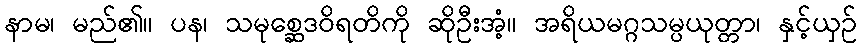
နာမ၊ မည်၏။ ပန၊ သမုစ္ဆေဒဝိရတိကို ဆိုဦးအံ့။ အရိယမဂ္ဂသမ္ပယုတ္တာ၊ နှင့်ယှဉ်